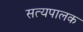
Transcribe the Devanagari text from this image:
सत्यपालक